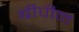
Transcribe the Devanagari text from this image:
बीपीन